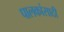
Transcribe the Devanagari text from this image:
पालकांसाठी